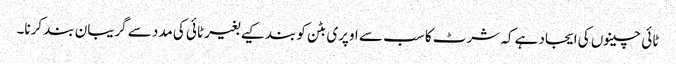
ٹائی چینوں کی ایجاد ہے کہ شرٹ کا سب سے اوپری بٹن کو بند کیے بغیر ٹائی کی مدد سے گریبان بند کرنا۔